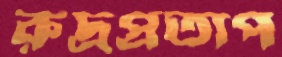
রুদ্রপ্রতাপ